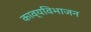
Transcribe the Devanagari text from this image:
काव्यविभाजन